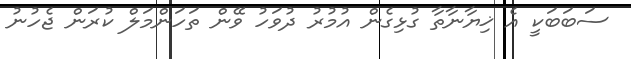
ސަބަބަކީ އެ ޚިޔާނާތާ ގުޅިގެން އުމުރު ދުވަހު ވޭން ތަހަންމަލް ކުރަން ޖެހުނު